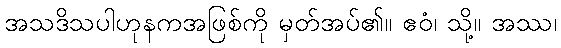
အသဒိသပါဟုနကအဖြစ်ကို မှတ်အပ်၏။ ဧဝံ၊ သို့။ အဿ၊